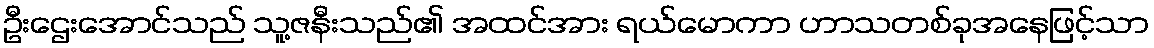
ဦးဌေးအောင်သည် သူ့ဇနီးသည်၏ အထင်အား ရယ်မောကာ ဟာသတစ်ခုအနေဖြင့်သာ